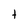
Character: t